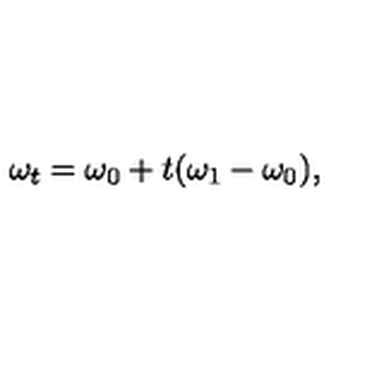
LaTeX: \omega _ { t } = \omega _ { 0 } + t ( \omega _ { 1 } - \omega _ { 0 } ) ,